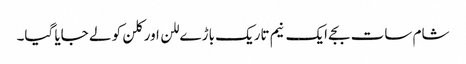
شام سات بجے ایک نیم تاریک باڑے للن اور کلن کو لے جایا گیا۔